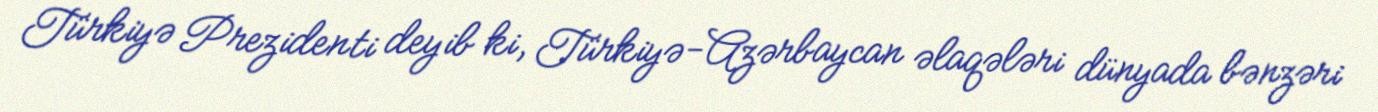
Türkiyə Prezidenti deyib ki, Türkiyə-Azərbaycan əlaqələri dünyada bənzəri